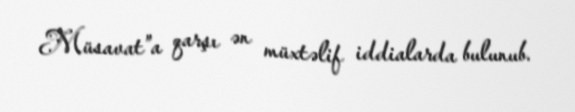
Müsavat”a qarşı ən müxtəlif iddialarda bulunub.